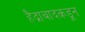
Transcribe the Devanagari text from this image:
हैद्राबादकडून